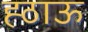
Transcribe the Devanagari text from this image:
ह्ठाऊ